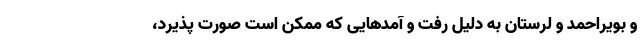
و بویراحمد و لرستان به دلیل رفت و آمدهایی که ممکن است صورت پذیرد،